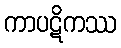
ကာပဋိကဿ